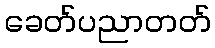
ခေတ်ပညာတတ်